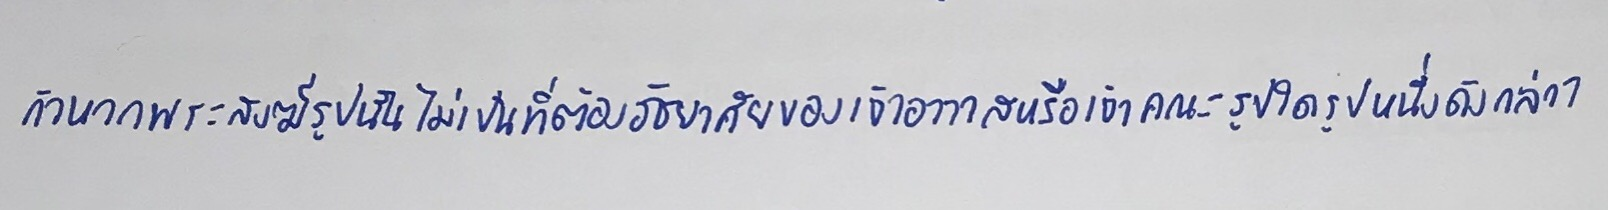
ถ้าหากพระสงฆ์รูปนั้นไม่เป็นที่ต้องอัธยาศัยของเจ้าอาวาสหรือเจ้าคณะรูปใดรูปหนึ่งดังกล่าว